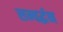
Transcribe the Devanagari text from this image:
सम्वर्द्धन